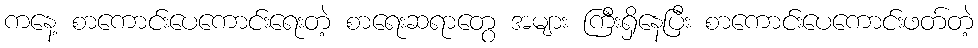
ကနေ့ စာကောင်းပေကောင်းရေးတဲ့ စာရေးဆရာတွေ အများ ကြီးရှိနေပြီး စာကောင်းပေကောင်းဖတ်တဲ့